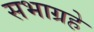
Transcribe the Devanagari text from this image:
सभाग्रहे